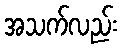
အသက်လည်း